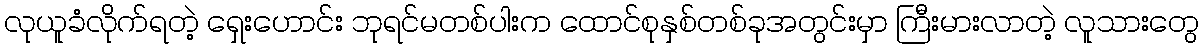
လုယူခံလိုက်ရတဲ့ ရှေးဟောင်း ဘုရင်မတစ်ပါးက ထောင်စုနှစ်တစ်ခုအတွင်းမှာ ကြီးမားလာတဲ့ လူသားတွေ